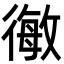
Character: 𭛿